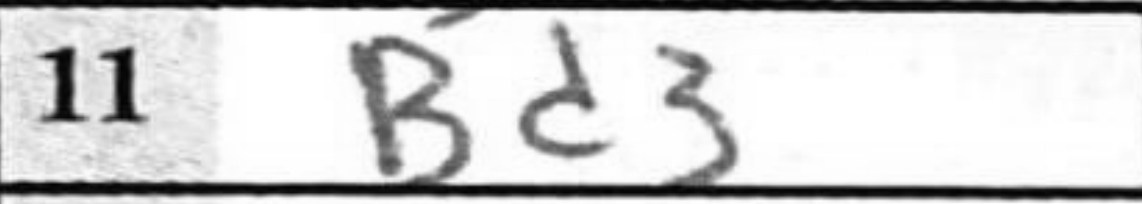
Transcription: Bd3